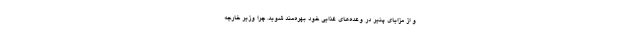
و از مزایای پنیر در وعده‌های غذایی خود بهره‌مند شوید. چرا وزیر خارجه